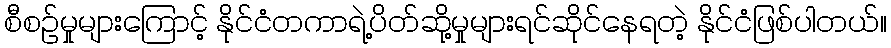
စီစဉ်မှုများကြောင့် နိုင်ငံတကာရဲ့ပိတ်ဆို့မှုများရင်ဆိုင်နေရတဲ့ နိုင်ငံဖြစ်ပါတယ်။